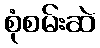
စုံစမ်းဆဲ